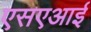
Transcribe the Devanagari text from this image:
एसएआई